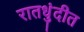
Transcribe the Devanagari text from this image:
रातधुंदीत